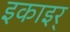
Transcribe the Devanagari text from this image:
इकाइर्